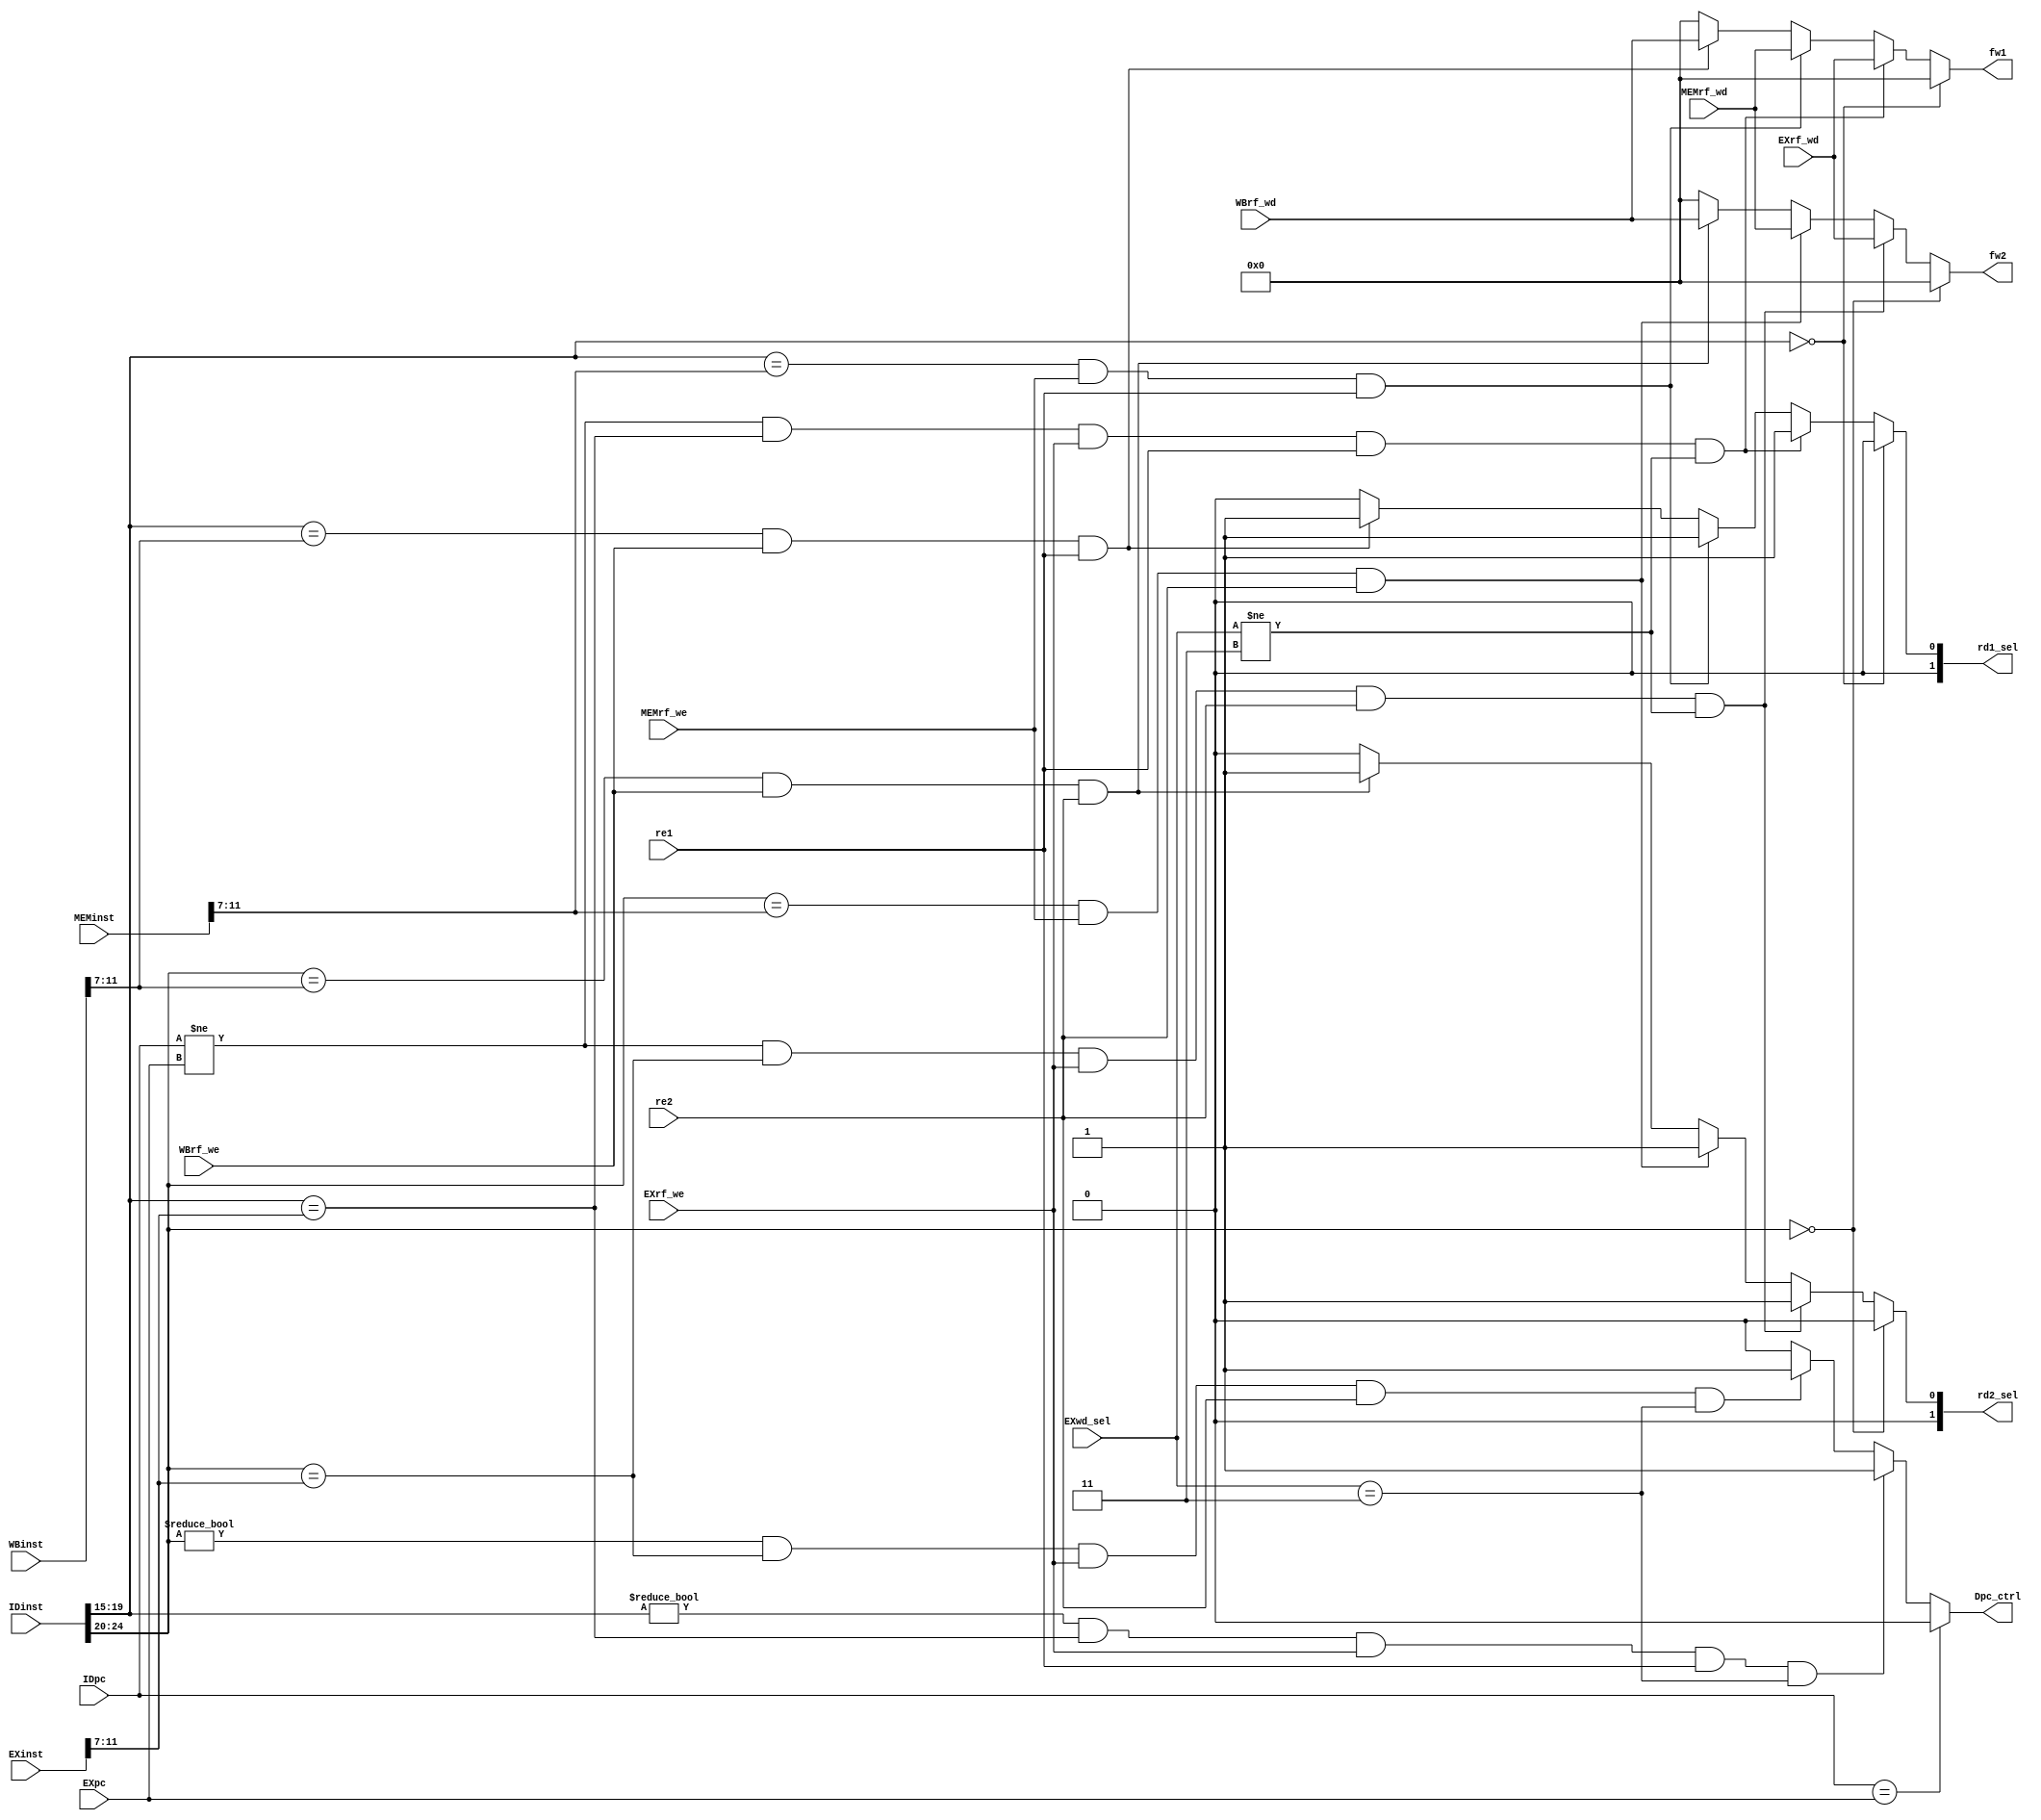
module DataHazard(
    input wire[31:0]IDinst,
    input wire[31:0]EXinst,
    input wire[31:0]MEMinst,
    input wire[31:0]WBinst,
    
    input wire EXrf_we,
    input wire MEMrf_we,
    input wire WBrf_we,
    
    input wire[31:0]IDpc,
    input wire[31:0]EXpc,
    
    input wire re1,
    input wire re2,
    input wire[1:0]EXwd_sel,
    
    input wire[31:0]EXrf_wd,
    input wire[31:0]MEMrf_wd,
    input wire[31:0]WBrf_wd,
    
    output reg Dpc_ctrl,
    output reg[1:0]rd1_sel,
    output reg[1:0]rd2_sel,
    
    output reg[31:0]fw1,    // data forward
    output reg[31:0]fw2
    );
    
    // pc control for lw-use
    always@(*)begin
        if(IDpc == EXpc)    Dpc_ctrl = 1'b0;
        else if(IDinst[19:15] != 5'd0 && IDinst[19:15] == EXinst[11:7] && EXrf_we && re1 && EXwd_sel == 2'd3)
                            Dpc_ctrl = 1'b1;
        else if(IDinst[24:20] != 5'd0 && IDinst[24:20] == EXinst[11:7] && EXrf_we && re2 && EXwd_sel == 2'd3)
                            Dpc_ctrl = 1'b1;
        else                Dpc_ctrl = 1'b0;
    end
    
    // rd1_sel
    always@(*)begin
        if(IDinst[19:15] == 5'd0)   rd1_sel = 2'd0;
        else if(IDpc != EXpc && IDinst[19:15] == EXinst[11:7] && EXrf_we && re1 && EXwd_sel != 2'd3)    
                                    rd1_sel = 2'd1;
        else if(IDinst[19:15] == MEMinst[11:7] && MEMrf_we && re1)                      
                                    rd1_sel = 2'd1;
        else if(IDinst[19:15] == WBinst[11:7] && WBrf_we && re1)                        
                                    rd1_sel = 2'd1;
        else                        rd1_sel = 2'd0;
    end
    
    // rd2_sel
    always@(*)begin
        if(IDinst[24:20] == 5'd0)   rd2_sel = 2'd0;
        else if(IDpc != EXpc && IDinst[24:20] == EXinst[11:7] && EXrf_we && re2 && EXwd_sel != 2'd3)   
                                    rd2_sel = 2'd1;
        else if(IDinst[24:20] == MEMinst[11:7] && MEMrf_we && re2)                      
                                    rd2_sel = 2'd1;
        else if(IDinst[24:20] == WBinst[11:7] && WBrf_we && re2)                        
                                    rd2_sel = 2'd1;
        else                        rd2_sel = 2'd0;
    end
    
    // forward1
    always@(*)begin
        if(IDinst[19:15] == 5'd0)   fw1 = 32'b0;
        else if(IDpc != EXpc && IDinst[19:15] == EXinst[11:7] && EXrf_we && re1 && EXwd_sel != 2'd3)   
                                    fw1 = EXrf_wd;
        else if(IDinst[19:15] == MEMinst[11:7] && MEMrf_we && re1)                      
                                    fw1 = MEMrf_wd;
        else if(IDinst[19:15] == WBinst[11:7] && WBrf_we && re1)                        
                                    fw1 = WBrf_wd;
        else                        fw1 = 32'b0;
    end
    
    // forward2
    always@(*)begin
        if(IDinst[24:20] == 5'd0)   fw2 = 32'b0;
        else if(IDpc != EXpc && IDinst[24:20] == EXinst[11:7] && EXrf_we && re2 && EXwd_sel != 2'd3)    
                                    fw2 = EXrf_wd;
        else if(IDinst[24:20] == MEMinst[11:7] && MEMrf_we && re2)                      
                                    fw2 = MEMrf_wd;
        else if(IDinst[24:20] == WBinst[11:7] && WBrf_we && re2)                        
                                    fw2 = WBrf_wd;
        else                        fw2 = 32'b0;
    end
    
endmodule